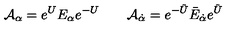
{ \cal A } _ { \alpha } = e ^ { U } E _ { \alpha } e ^ { - U } \qquad { \cal A } _ { \dot { \alpha } } = e ^ { - \tilde { U } } \bar { E } _ { \dot { \alpha } } e ^ { \tilde { U } }